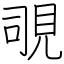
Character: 覗